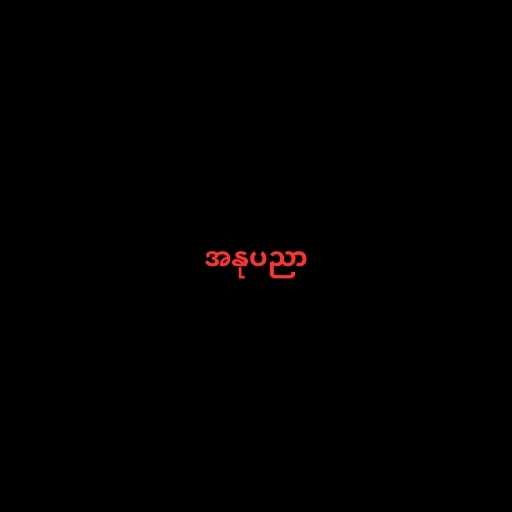
အနုပညာ